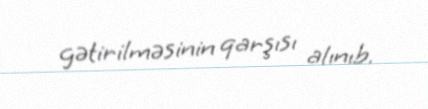
gətirilməsinin qarşısı alınıb.